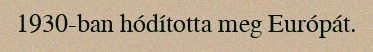
1930-ban hódította meg Európát.